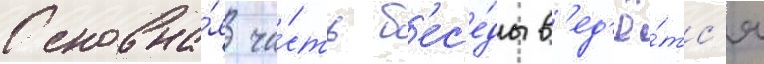
Основна́я ча́сть б'ес'е́ды в'ед'ё́тс'я